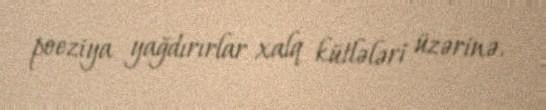
poeziya yağdırırlar xalq kütlələri üzərinə.